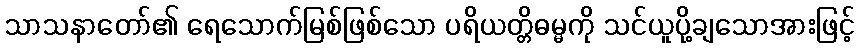
သာသနာတော်၏ ရေသောက်မြစ်ဖြစ်သော ပရိယတ္တိဓမ္မကို သင်ယူပို့ချသောအားဖြင့်